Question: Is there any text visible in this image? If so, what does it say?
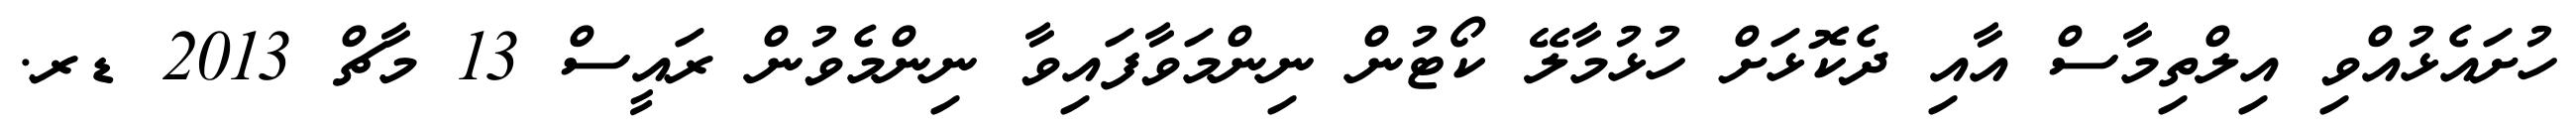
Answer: ހުށައެޅުއްވި އިލްތިމާސް އާއި ދެކޮޅަށް ހުޅުމާލޭ ކޯޓުން ނިންމަވާފައިވާ ނިންމެވުން ރައީސް 13 މާޗް 2013 ޑރ.